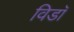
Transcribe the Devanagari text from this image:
विडाॅ